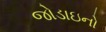
જોડાઇનો